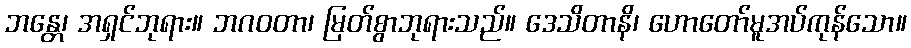
ဘန္တေ၊ အရှင်ဘုရား။ ဘဂဝတာ၊ မြတ်စွာဘုရားသည်။ ဒေသိတာနိ၊ ဟောတော်မူအပ်ကုန်သော။